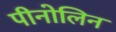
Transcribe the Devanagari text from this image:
पीनोलिन